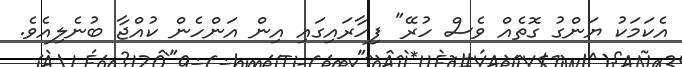
އެކަމަކު ޔަންގު ގޮތެއް ވެސް ހުރޭ" ފިހާރައިގައި އިން އަންހެން ކުއްޖާ ބުނެލިއެވެ.